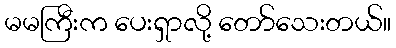
မမကြီးက ပေးရှာလို့ တော်သေးတယ်။